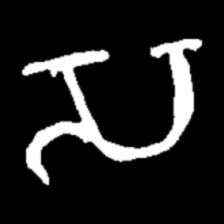
Pyu character \u2014 Myanmar letter: သ (romanized: sa)